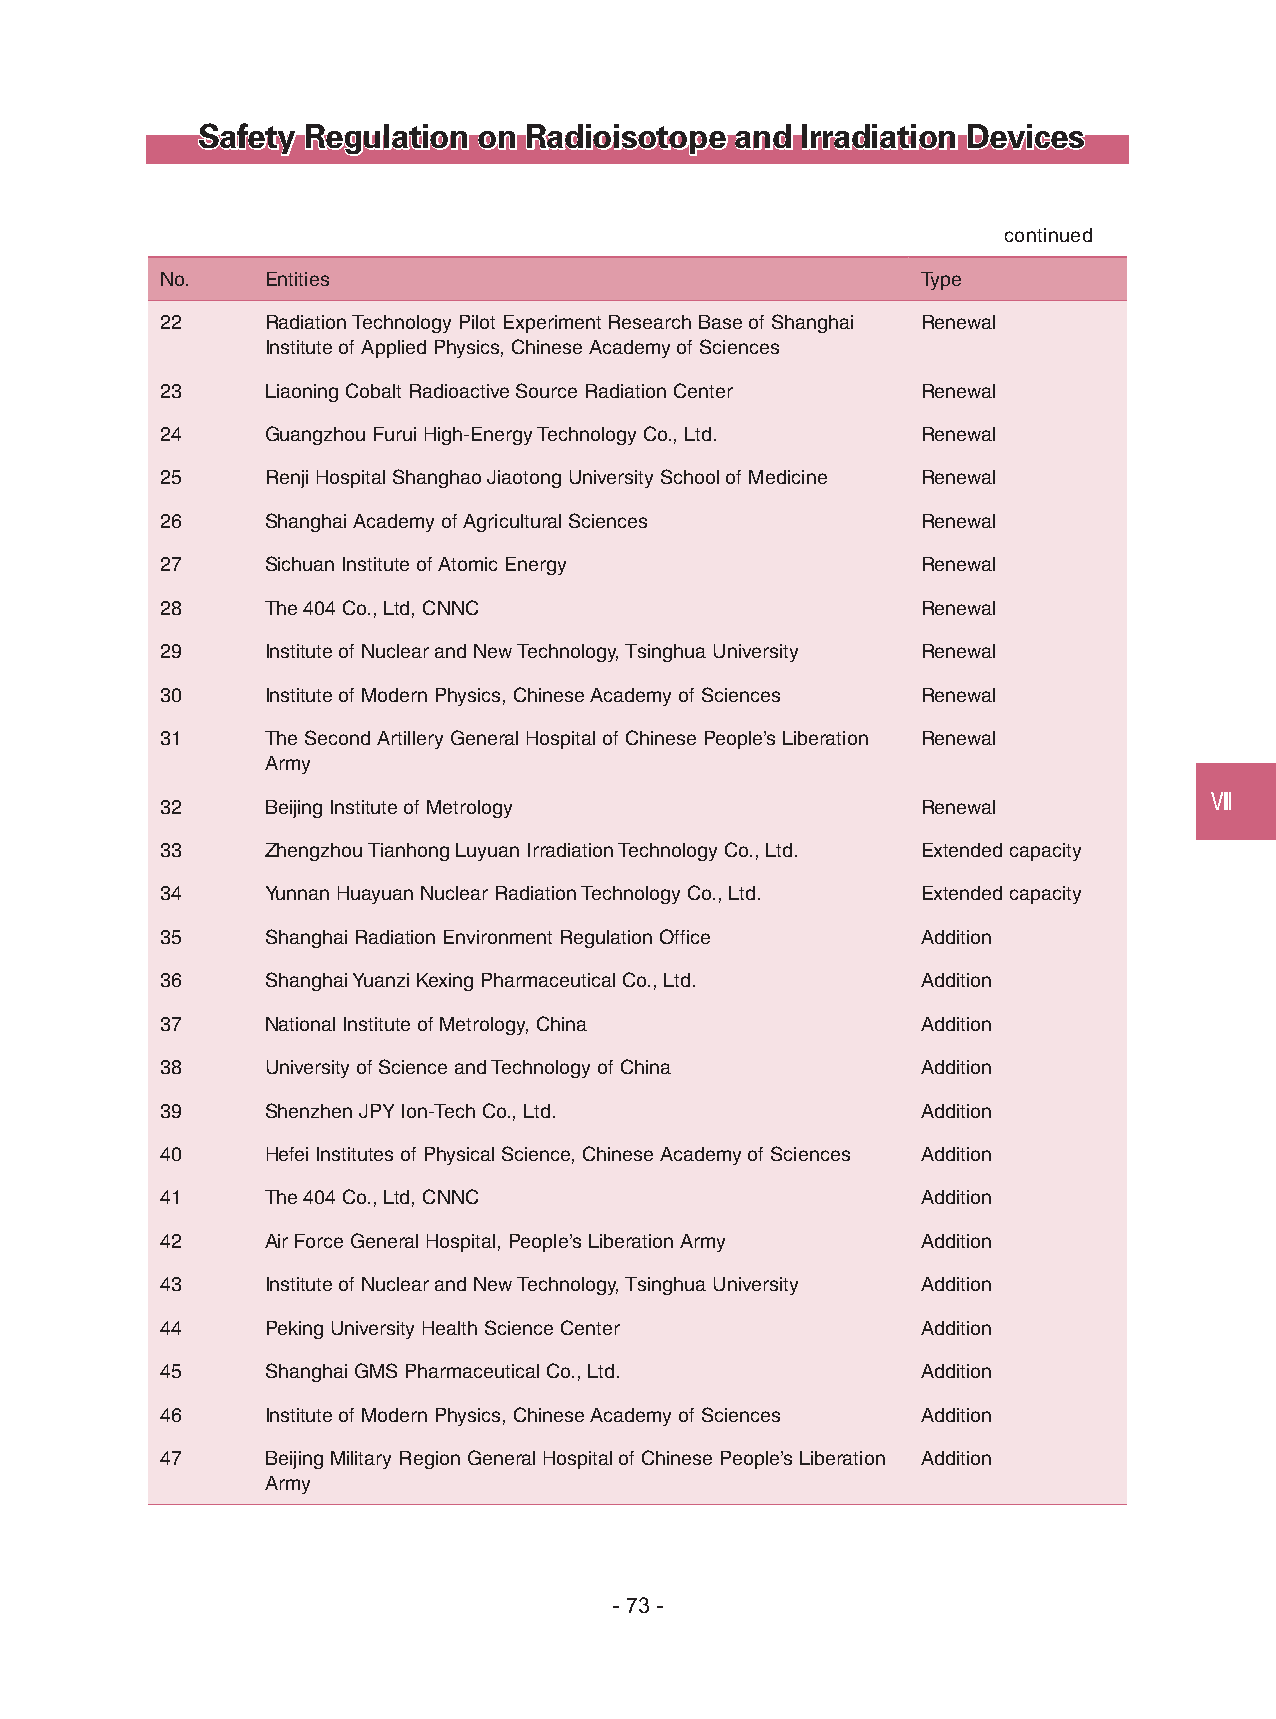
Safety Regulation  on Radioisotope  and Irradiation Devices
 continued
 No.    Entities                                   Type
 22     Radiation Technology Pilot Experiment Research Base of Shanghai Renewal
 Institute of Applied Physics, Chinese Academy of Sciences
 23     Liaoning Cobalt Radioactive Source Radiation Center Renewal
 24     Guangzhou Furui High-Energy Technology Co., Ltd. Renewal
 25     Renji Hospital Shanghao Jiaotong University School of Medicine Renewal
 26     Shanghai Academy of Agricultural Sciences  Renewal
 27     Sichuan Institute of Atomic Energy         Renewal
 28     The 404 Co., Ltd, CNNC                     Renewal
 29     Institute of Nuclear and New Technology, Tsinghua University Renewal
 30     Institute of Modern Physics, Chinese Academy of Sciences Renewal
 31     The Second Artillery General Hospital of Chinese People’s Liberation Renewal
 Army
 32     Beijing Institute of Metrology             Renewal            Ⅷ
 33     Zhengzhou Tianhong Luyuan Irradiation Technology Co., Ltd. Extended capacity
 34     Yunnan Huayuan Nuclear Radiation Technology Co., Ltd. Extended capacity
 35     Shanghai Radiation Environment Regulation Office Addition
 36     Shanghai Yuanzi Kexing Pharmaceutical Co., Ltd. Addition
 37     National Institute of Metrology, China     Addition
 38     University of Science and Technology of China Addition
 39     Shenzhen JPY Ion-Tech Co., Ltd.            Addition
 40     Hefei Institutes of Physical Science, Chinese Academy of Sciences Addition
 41     The 404 Co., Ltd, CNNC                     Addition
 42     Air Force General Hospital, People’s Liberation Army Addition
 43     Institute of Nuclear and New Technology, Tsinghua University Addition
 44     Peking University Health Science Center    Addition
 45     Shanghai GMS Pharmaceutical Co., Ltd.      Addition
 46     Institute of Modern Physics, Chinese Academy of Sciences Addition
 47     Beijing Military Region General Hospital of Chinese People’s Liberation Addition
 Army
 - 73 -